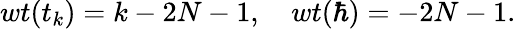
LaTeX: wt(t_{k})=k-2N-1,~~~~wt(\hbar)=-2N-1.